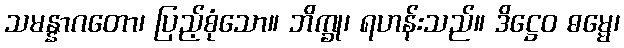
သမန္နာဂတော၊ ပြည့်စုံသော။ ဘိက္ခု၊ ရဟန်းသည်။ ဒိဋ္ဌေဝ ဓမ္မေ၊